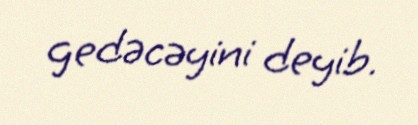
gedəcəyini deyib.